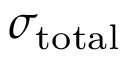
\sigma _ { \mathrm { t o t a l } }